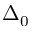
\Delta _ { 0 }